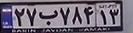
۲۷ب۷۸۴۱۳